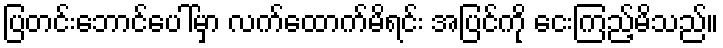
ပြတင်းဘောင်ပေါ်မှာ လက်ထောက်မိရင်း အပြင်ကို ငေးကြည့်မိသည်။